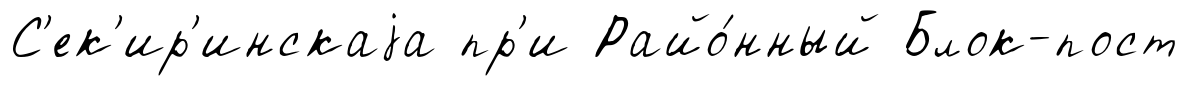
С'ек'ир'инскаjа пр'и Райо́нный Блок-пост